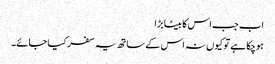
اب جب اس کا بیٹا بڑا
ہوچکا ہے تو کیوں نہ اس کے ساتھ یہ سفر کیا جائے۔